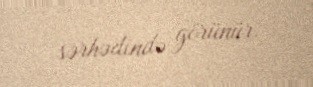
sərhədində görünür.